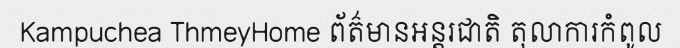
Kampuchea ThmeyHome ព័ត៌មានអន្តរជាតិ តុលាការកំពូល